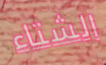
الشتاء